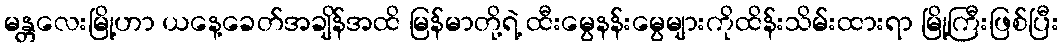
မန္တလေးမြို့ဟာ ယနေ့ခေတ်အချိန်အထိ မြန်မာတို့ရဲ့ ထီးမွေနန်းမွေများကိုထိန်းသိမ်းထားရာ မြို့ကြီးဖြစ်ပြီး